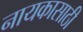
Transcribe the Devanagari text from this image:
नायकासाठी